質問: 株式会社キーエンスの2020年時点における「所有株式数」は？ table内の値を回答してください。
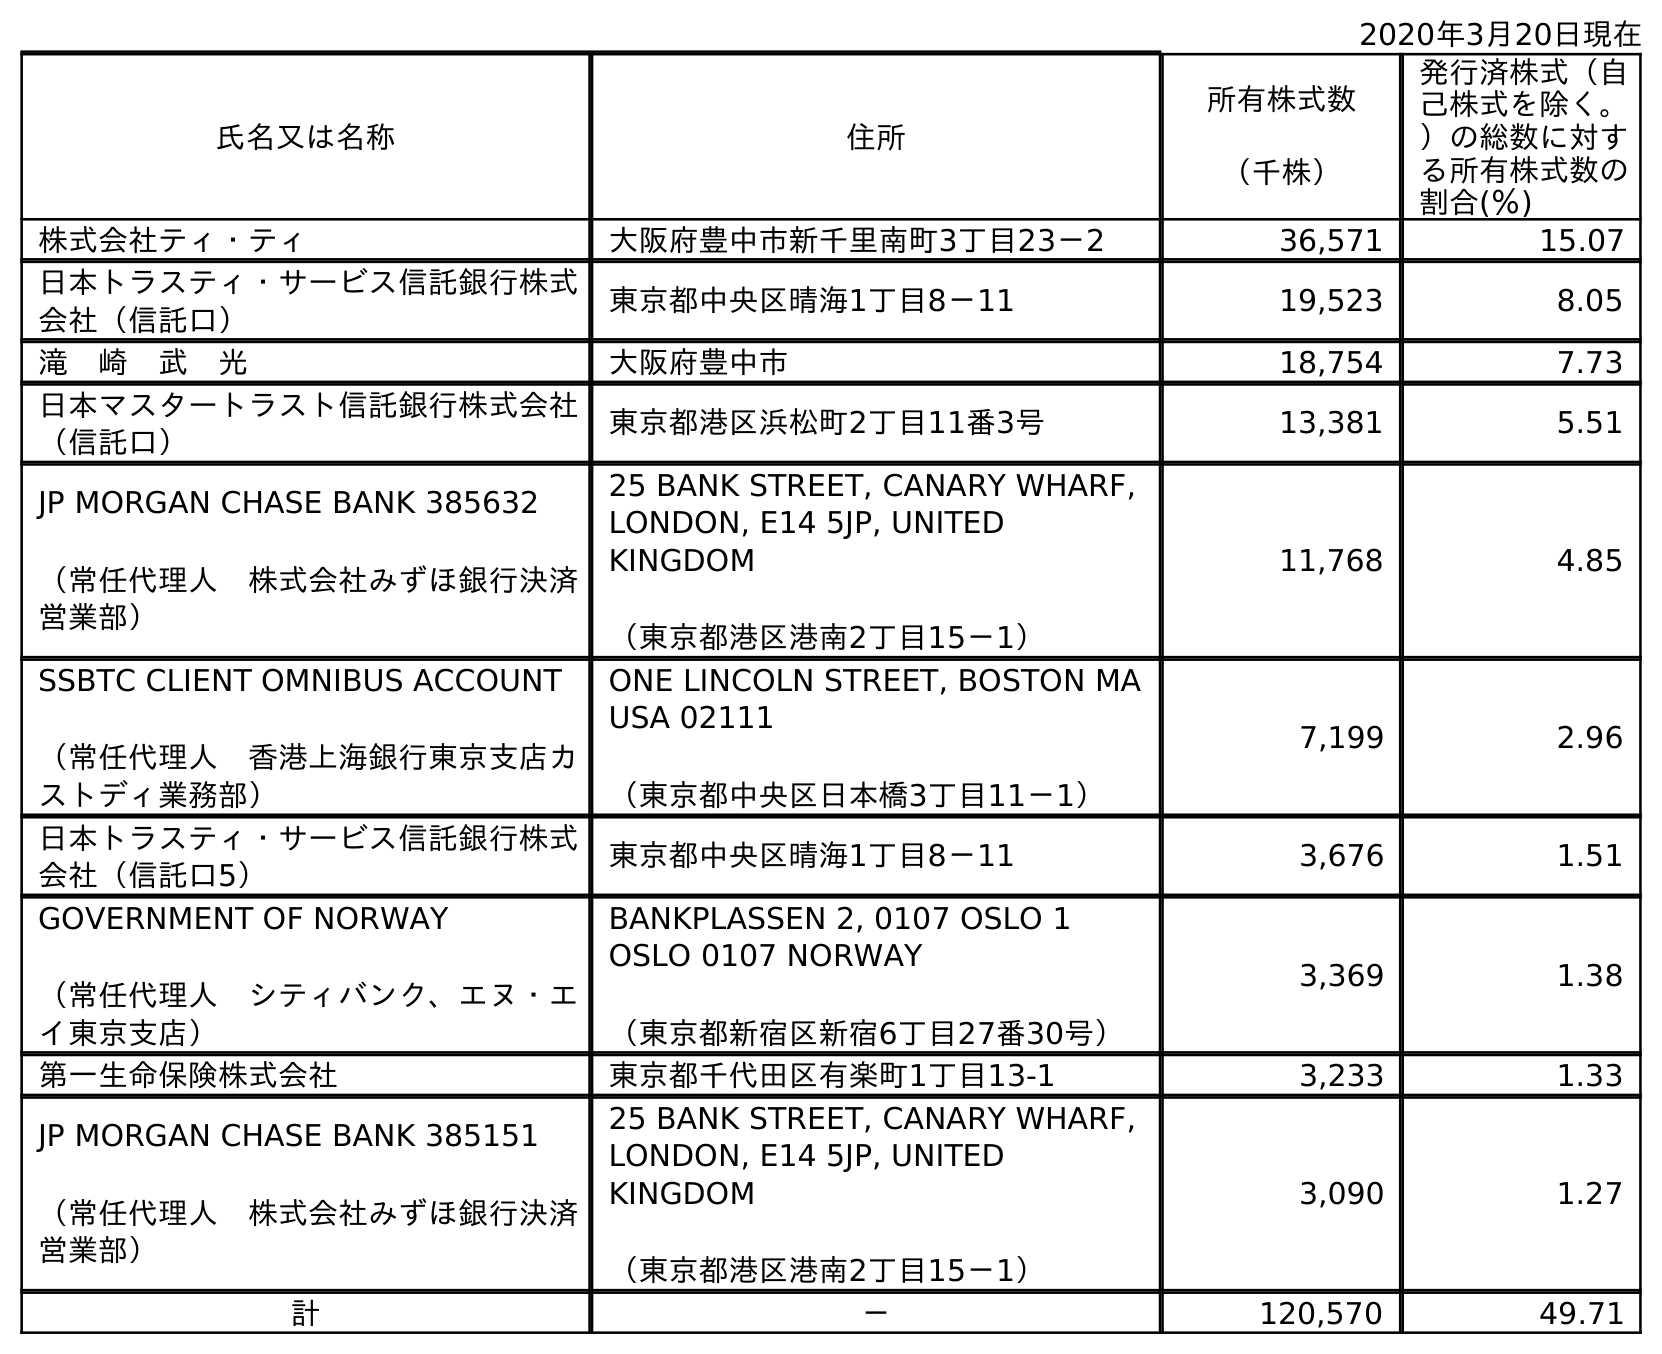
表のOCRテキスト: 2020年3月20日現在 氏名又は名称 住所 所有株式数 （千株） 発行済株式（自 己株式を除く。 ）の総数に対す る所有株式数の 割合(％) 株式会社ティ・ティ 大阪府豊中市新千里南町3丁目23－2 36,571 15.07 日本トラスティ・サービス信託銀行株式 会社（信託口） 東京都中央区晴海1丁目8－11 19,523 8.05 滝 崎 武 光 大阪府豊中市 18,754 7.73 日本マスタートラスト信託銀行株式会社 （信託口） 東京都港区浜松町2丁目11番3号 13,381 5.51 JP MORGAN CHASE BANK 385632 （常任代理人 株式会社みずほ銀行決済 営業部） 25 BANK STREET, CANARY WHARF, LONDON, E14 5JP, UNITED KINGDOM （東京都港区港南2丁目15－1） 11,768 4.85 SSBTC CLIENT OMNIBUS ACCOUNT （常任代理人 香港上海銀行東京支店カ ストディ業務部） ONE LINCOLN STREET, BOSTON MA USA 02111 （東京都中央区日本橋3丁目11－1） 7,199 2.96 日本トラスティ・サービス信託銀行株式 会社（信託口5） 東京都中央区晴海1丁目8－11 3,676 1.51 GOVERNMENT OF NORWAY （常任代理人 シティバンク、エヌ・エ イ東京支店） BANKPLASSEN 2, 0107 OSLO 1 OSLO 0107 NORWAY （東京都新宿区新宿6丁目27番30号） 3,369 1.38 第一生命保険株式会社 東京都千代田区有楽町1丁目13-1 3,233 1.33 JP MORGAN CHASE BANK 385151 （常任代理人 株式会社みずほ銀行決済 営業部） 25 BANK STREET, CANARY WHARF, LONDON, E14 5JP, UNITED KINGDOM （東京都港区港南2丁目15－1） 3,090 1.27 計 － 120,570 49.71
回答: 120,570